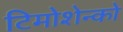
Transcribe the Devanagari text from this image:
टिमोशेन्को